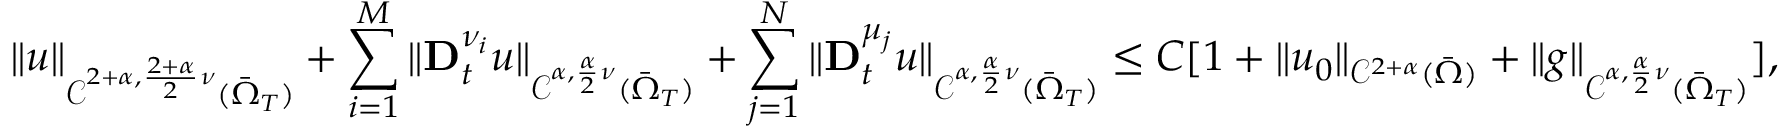
\| u \| _ { \mathcal { C } ^ { 2 + \alpha , \frac { 2 + \alpha } { 2 } \nu } ( \bar { \Omega } _ { T } ) } + \sum _ { i = 1 } ^ { M } \| \mathbf { D } _ { t } ^ { \nu _ { i } } u \| _ { \mathcal { C } ^ { \alpha , \frac { \alpha } { 2 } \nu } ( \bar { \Omega } _ { T } ) } + \sum _ { j = 1 } ^ { N } \| \mathbf { D } _ { t } ^ { \mu _ { j } } u \| _ { \mathcal { C } ^ { \alpha , \frac { \alpha } { 2 } \nu } ( \bar { \Omega } _ { T } ) } \leq C [ 1 + \| u _ { 0 } \| _ { \mathcal { C } ^ { 2 + \alpha } ( \bar { \Omega } ) } + \| g \| _ { \mathcal { C } ^ { \alpha , \frac { \alpha } { 2 } \nu } ( \bar { \Omega } _ { T } ) } ] ,